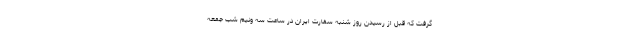
گرفت که قبل از رسیدن روز شنبه سفارت ایران در ساعت سه ونیم شب جمعه